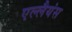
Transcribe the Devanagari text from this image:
एल्लैयंस